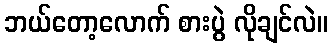
ဘယ်တော့လောက် စားပွဲ လိုချင်လဲ။